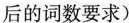
后的词数要求)